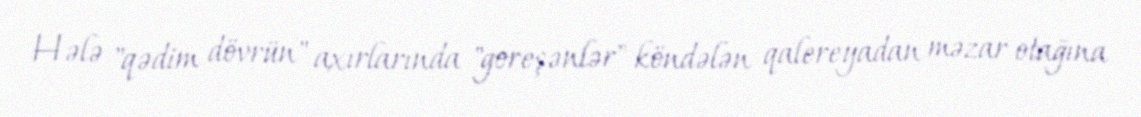
Hələ "qədim dövrün" axırlarında "goreşənlər" köndələn qalereyadan məzar otağına